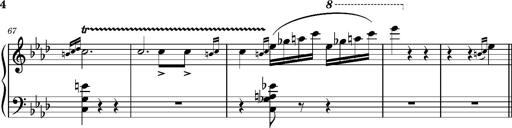
Title: Petite valse favorite
Composer: Franz Liszt
Key: A-flat major